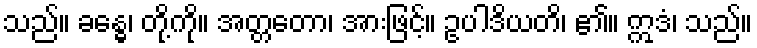
သည်။ ခန္ဓေ၊ တို့ကို။ အတ္တတော၊ အားဖြင့်။ ဥပါဒိယတိ၊ ၏။ ဣဒံ၊ သည်။